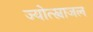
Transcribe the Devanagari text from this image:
ज्योत्स्नाजल